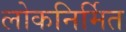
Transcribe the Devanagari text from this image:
लोकनिर्मित